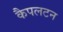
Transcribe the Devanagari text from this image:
कैपलटन